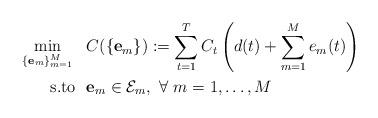
LaTeX: \begin{align*}\min_{\{\mathbf{e}_m\}_{m=1}^M} ~&~C(\{\mathbf{e}_m\}):=\sum_{t=1}^T C_t\left(d(t)+\sum_{m=1}^M e_m(t)\right)\\\textrm{s.to}~&~\mathbf{e}_m \in\mathcal{E}_m,~\forall~m=1,\ldots,M\end{align*}